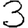
Digit: 3